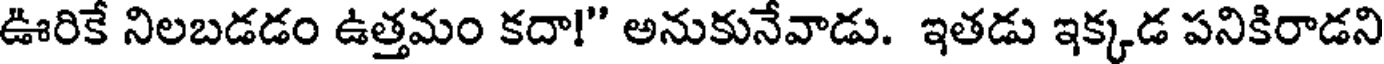
ఊరికే నిలబడడం ఉత్తమం కదా!" అనుకునేవాడు. ఇతడు ఇక్కడ పనికిరాడని